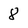
Character: 8